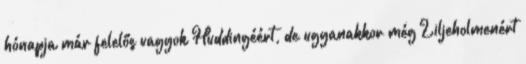
hónapja már felelős vagyok Huddingéért, de ugyanakkor még Liljeholmenért